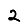
Digit: 2